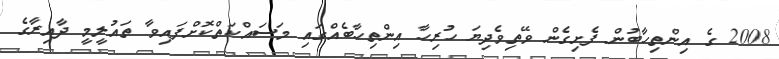
2008 ގެ އިންތިހާބުން ފެށިގެން ވޭތިވެދިޔަ ހުރިހާ އިންތިހާބެއްގައި މަސައްކަތްކޮށްފައިވާ ތައުލީމީ ދާއިރާގެ